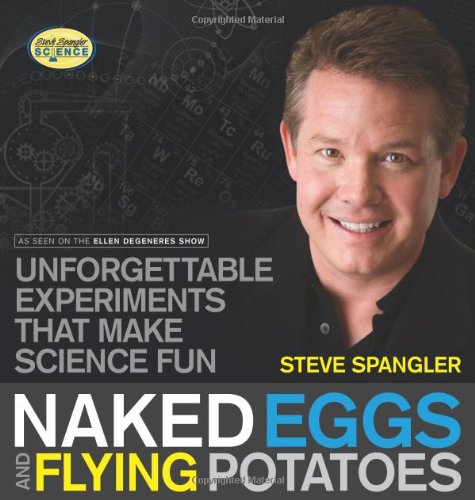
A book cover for Naked Eggs and Flying Potatoes: Unforgettable Experiments That Make Science Fun (Steve Spangler Science); Steve Spangler; Science & Math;